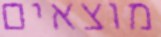
מוצאים